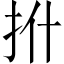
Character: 𪭡